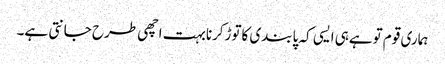
ہماری قوم توہےہی ایسی کہ پابندی کاتوڑکرنابہت اچھی طرح جانتی ہے۔